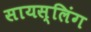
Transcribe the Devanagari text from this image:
सायस्लिंग